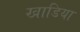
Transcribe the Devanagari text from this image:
खाडिया